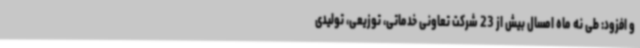
و افزود: طی نه ماه امسال بیش از 23 شرکت تعاونی خدماتی، توزیعی، تولیدی